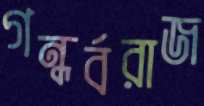
গন্ধর্বরাজ